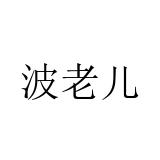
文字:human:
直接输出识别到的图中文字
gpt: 波老儿